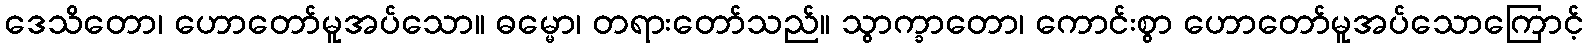
ဒေသိတော၊ ဟောတော်မူအပ်သော။ ဓမ္မော၊ တရားတော်သည်။ သွာက္ခာတော၊ ကောင်းစွာ ဟောတော်မူအပ်သောကြောင့်